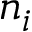
n _ { i }